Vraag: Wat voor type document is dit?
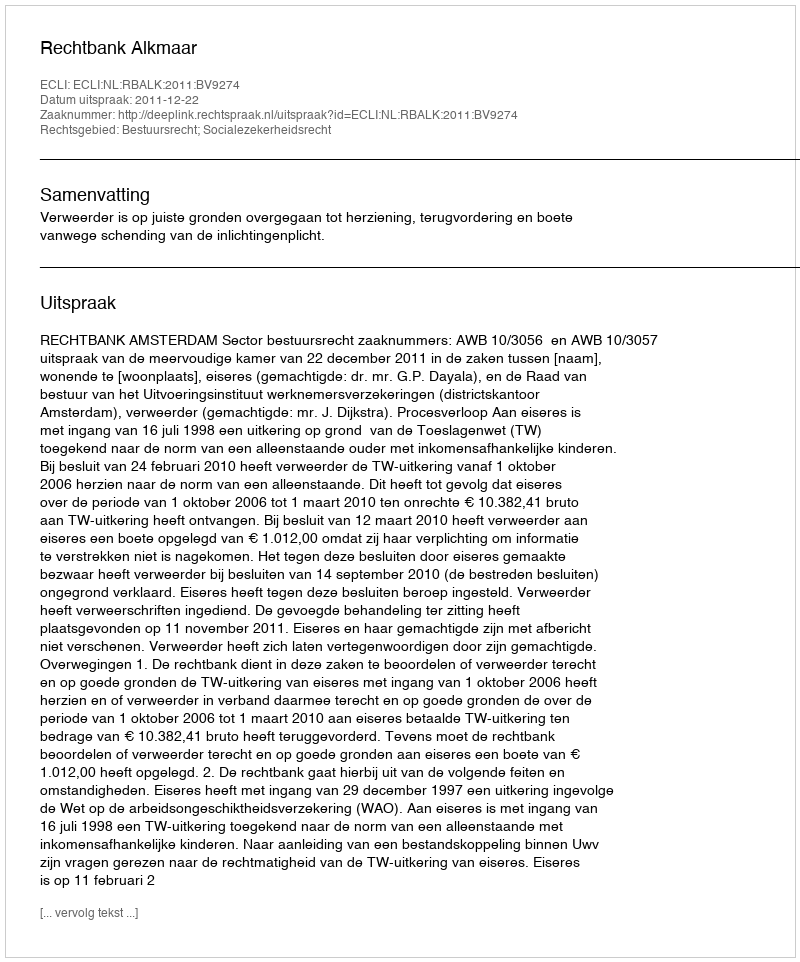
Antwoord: Uitspraak